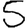
Digit: 5